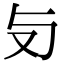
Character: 𠬣